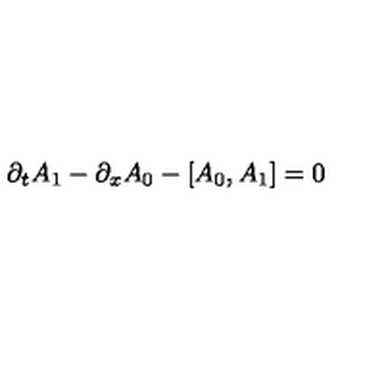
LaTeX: \partial _ { t } A _ { 1 } - \partial _ { x } A _ { 0 } - \left[ A _ { 0 } , A _ { 1 } \right] = 0